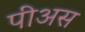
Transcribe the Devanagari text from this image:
पीअस